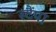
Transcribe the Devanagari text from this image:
स्टैंपा